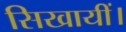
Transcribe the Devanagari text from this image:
सिखायीं।